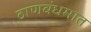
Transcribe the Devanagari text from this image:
ठाणबंधमात